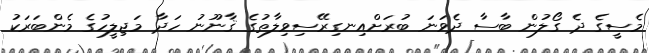
މެސީގެ ދެ ގޯލުން ބާސާ ދެވަނަ ބުރަށްއިނގިރޭސިވިލާތުގެ ޤާނޫނު ހަދާ މަޖިލީހުގެ މެންބަރަކު